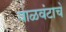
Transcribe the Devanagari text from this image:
वाळवंटाचे